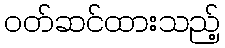
ဝတ်ဆင်ထားသည့်